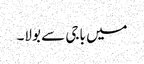
میں باجی سے بولا۔